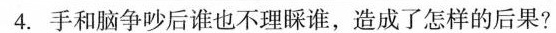
4.手和脑争吵后谁也不理睬谁，造成了怎样的后果?